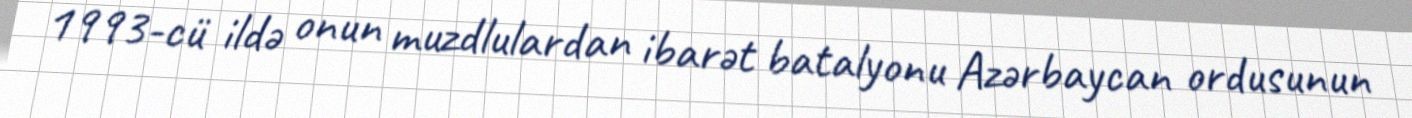
1993-cü ildə onun muzdlulardan ibarət batalyonu Azərbaycan ordusunun